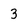
Character: 3